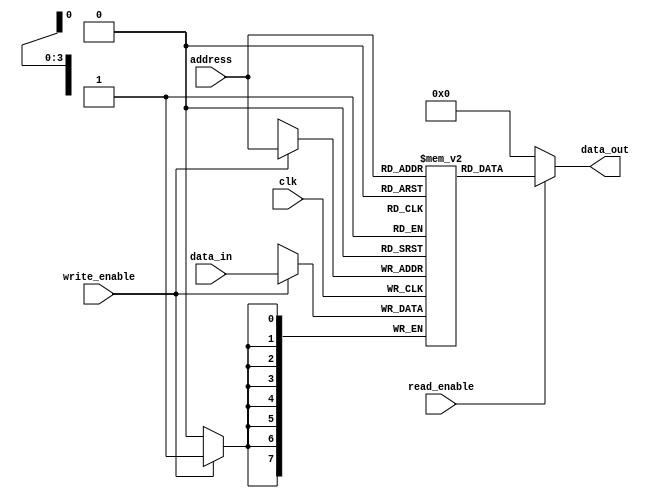
module parameterized_ram #(
    parameter DATA_WIDTH = 8,      // Number of bits per memory location
    parameter ADDR_WIDTH = 4       // Number of address lines
) (
    input wire clk,                 // Clock signal
    input wire write_enable,        // Write enable signal
    input wire [ADDR_WIDTH-1:0] address, // Address input
    input wire [DATA_WIDTH-1:0] data_in, // Data input
    input wire read_enable,         // Read enable signal
    output reg [DATA_WIDTH-1:0] data_out // Data output
);

    // Define the memory array
    reg [DATA_WIDTH-1:0] memory [(2**ADDR_WIDTH)-1:0];

    // Synchronous write operation
    always @(posedge clk) begin
        if (write_enable) begin
            memory[address] <= data_in;
        end
    end

    // Asynchronous read operation
    always @(*) begin
        if (read_enable) begin
            data_out = memory[address];
        end else begin
            data_out = {DATA_WIDTH{1'b0}}; // Default output when not reading
        end
    end

endmodule